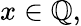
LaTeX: x\in\mathbb{Q},